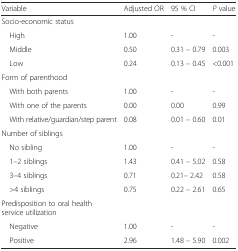
| Variable | Adjusted OR | 95 % CI | P value |
 | --- | --- | --- | --- |
 | Socio-economic status |  |  |  |
 | High | 1.00 | - | - |
 | Middle | 0.50 | 0.31 – 0.79 | 0.003 |
 | Low | 0.24 | 0.13 – 0.45 | <0.001 |
 | Form of parenthood |  |  |  |
 | With both parents | 1.00 | - | - |
 | With one of the parents | 0.00 | 0.00 | 0.99 |
 | With relative/guardian/step parent | 0.08 | 0.01 – 0.60 | 0.01 |
 | Number of siblings |  |  |  |
 | No sibling | 1.00 | - | - |
 | 1–2 siblings | 1.43 | 0.41 – 5.02 | 0.58 |
 | 3–4 siblings | 0.71 | 0.21– 2.42 | 0.58 |
 | >4 siblings | 0.75 | 0.22 – 2.61 | 0.65 |
 | Predisposition to oral health service utilization |  |  |  |
 | Negative | 1.00 | - | - |
 | Positive | 2.96 | 1.48 – 5.90 | 0.002 |